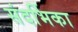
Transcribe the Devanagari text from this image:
संदर्भिका